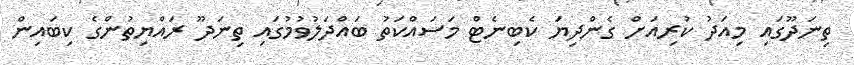
ތިނަދޫގައި މިއަދު ކުރިއަށް ގެންދިޔަ ކެބިނެޓް މަސައްކަތު ބައްދަލުވުމުގައި ތިނަދޫ ރައްޔިތުންގެ ކިބައިން